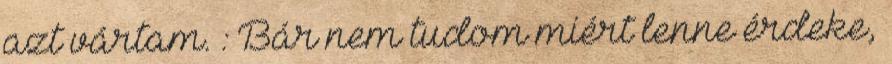
azt vártam. : Bár nem tudom miért lenne érdeke,